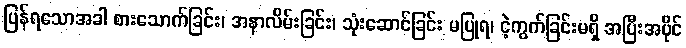
ပြန်ရသောအခါ စားသောက်ခြင်း၊ အနာလိမ်းခြင်း၊ သုံးဆောင်ခြင်း မပြုရ၊ ငဲ့ကွက်ခြင်းမရှိ အပြီးအပိုင်